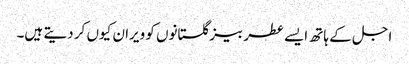
اجل کے ہاتھ ایسے عطر بیز گلستانوں کو ویران کیوں کر دیتے ہیں۔